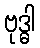
ဗုဒ္ဓါ